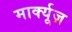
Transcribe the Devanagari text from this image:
मार्क्यूज़